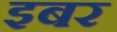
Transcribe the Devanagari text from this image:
इबर